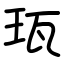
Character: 珁